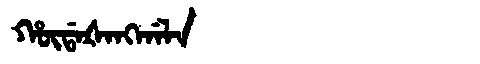
Manchu: ᡥᡡᡩᠠᡧᠠᠩᡤᠠᠯᠠ
Romanization: HŪDAŠANGGALA